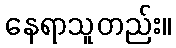
နေရာသူတည်း။